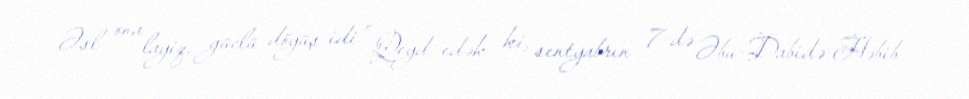
Əsl ona layiq, güclü döyüş idi” Qeyd edək ki, sentyabrın 7-də Əbu-Dabidə Həbib